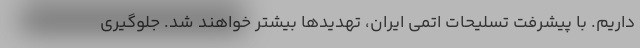
داریم. با پیشرفت تسلیحات اتمی ایران، تهدیدها بیشتر خواهند شد. جلوگیری